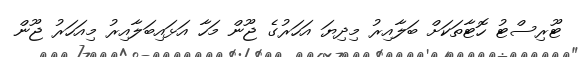
ޓޫރިސްޓު ހޮޓާތަކަށް ބަލާއިރު މިދިޔަ އަހަރުގެ ޖޫން މަހާ އަޅައިބަލާއިރު މިއަހަރު ޖޫން